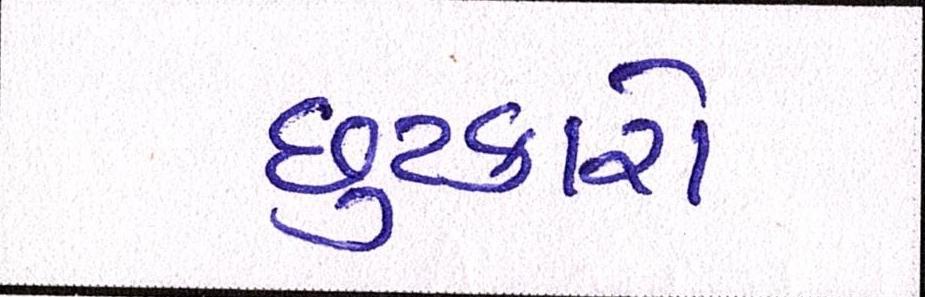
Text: છુટકારો